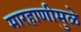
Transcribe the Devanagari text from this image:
मारहाणीमुळे